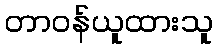
တာဝန်ယူထားသူ